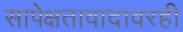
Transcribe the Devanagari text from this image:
सापेक्षतावादावरही